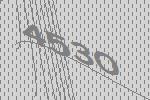
4530